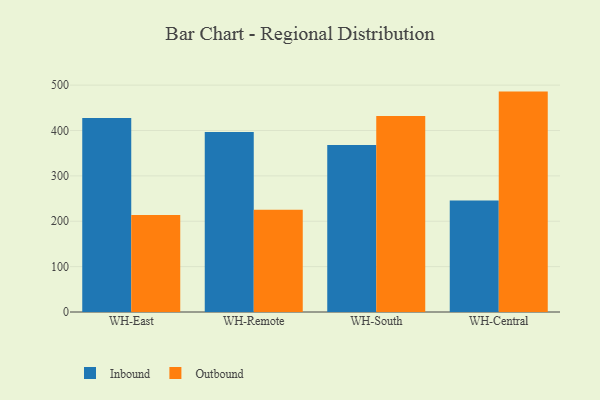
{"axis": {"x": "Warehouse", "y": "Market Share (%)"}, "legend": ["Inbound", "Outbound"], "data": [{"x": "WH-East", "y": 427.6, "type": "Inbound"}, {"x": "WH-East", "y": 214.0, "type": "Outbound"}, {"x": "WH-Remote", "y": 396.4, "type": "Inbound"}, {"x": "WH-Remote", "y": 225.1, "type": "Outbound"}, {"x": "WH-South", "y": 367.9, "type": "Inbound"}, {"x": "WH-South", "y": 431.9, "type": "Outbound"}, {"x": "WH-Central", "y": 245.8, "type": "Inbound"}, {"x": "WH-Central", "y": 485.7, "type": "Outbound"}]}